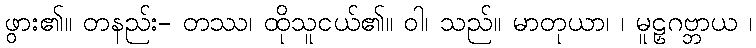
ဖွား၏။ တနည်း- တဿ၊ ထိုသူငယ်၏။ ဝါ၊ သည်။ မာတုယာ၊ ၊ မူဠှဂဗ္ဘာယ ၊